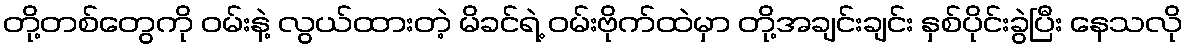
တို့တစ်တွေကို ဝမ်းနဲ့ လွယ်ထားတဲ့ မိခင်ရဲ့ ဝမ်းဗိုက်ထဲမှာ တို့အချင်းချင်း နှစ်ပိုင်းခွဲပြီး နေသလို